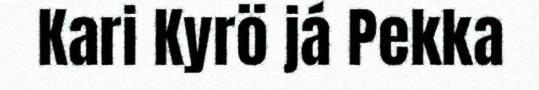
Kari Kyrö já Pekka